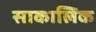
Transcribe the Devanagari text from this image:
साकालिक